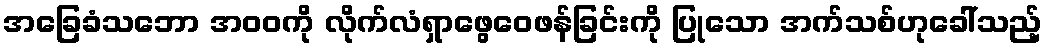
အခြေခံသဘော အဝဝကို လိုက်လံရှာဖွေဝေဖန်ခြင်းကို ပြုသော အက်သစ်ဟုခေါ်သည့်